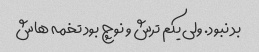
بد نبود. ولی یکم ترش و نوچ بود تخمه هاش